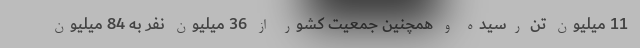
11 میلیون تن رسیده و همچنین جمعیت کشور از 36 میلیون نفر به 84 میلیون